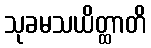
သုခမသယိတ္ထာတိ